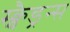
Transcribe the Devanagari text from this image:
स्क्वैड्रन्स